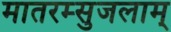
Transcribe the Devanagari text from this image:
मातरम्सुजलाम्